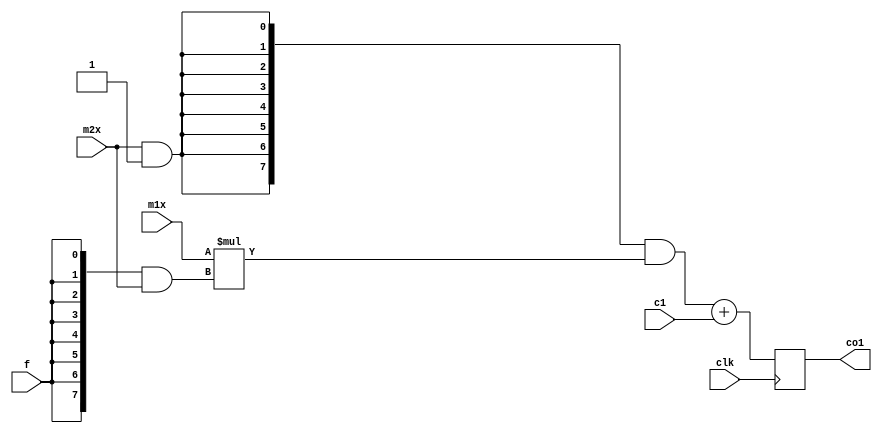
`timescale 1ns / 1ps
//////////////////////////////////////////////////////////////////////////////////
// Company: 
// Engineer: 
// 
// Design Name: 
// Module Name: computation_unit
// Project Name: 
// Target Devices: 
// Tool Versions: 
// Description: 
// 
// Dependencies: 
// 
// Revision:
// Revision 0.01 - File Created
// Additional Comments:
// 
//////////////////////////////////////////////////////////////////////////////////



module computation_unit(clk,m1x,m2x,c1,co1,f);
input clk;
input [7:0] m1x, m2x;
//input [7:0] m1a,m1b,m1c,m1d,m2;
input [8:0] c1;
//input [8:0] c1,c2,c3,c4;
input f;
output reg [8:0] co1;
//output reg [8:0] co1,co2,co3,co4;
//reg [7:0] m1 [3:0];
//reg [7:0] c [3:0];
//reg [7:0] co;
reg [7:0] pm1am2;
//reg [7:0] pm1am2,pm1bm2,pm1cm2,pm1dm2;
// reg [7:0] pm1m2;
reg [7:0] sout, fnew, en;
// reg [2:0] i=0;

/*always @(posedge clk)
begin
    fnew = {f,f,f,f,f,f,f,f};
    en = (fnew & m2);
end*/


always @(posedge clk)
begin

    fnew = {f,f,f,f,f,f,f,f};
    en = (fnew & m2x);
    /* USING SEQUENTIAL PROP
    m1[0]=m1a;
    m1[1]=m1b;
    m1[2]=m1c;
    m1[3]=m1d;
    c[0]=c1;
    c[1]=c2;
    c[2]=c3;
    c[3]=c4;
    */
    sout = m2x && 1'b1;
    //sout2 = m1x && 1'b1;
    sout = {sout[0],sout[0], sout[0], sout[0], sout[0], sout[0], sout[0], sout[0]};
    //sout = {sout[0],sout[0], sout[0], sout[0], sout[0], sout[0], sout[0], sout[0]};
    pm1am2 = m1x * en;
    
    /*
    pm1bm2 = m1b * en;
    pm1cm2 = m1c * en;
    pm1dm2 = m1d * en;
    */
    
    co1 = (sout & pm1am2) + c1;
    
    /*
    co2 = (sout & pm1bm2) + c2;
    co3 = (sout & pm1cm2) + c3;
    co4 = (sout & pm1dm2) + c4;
    */
    
    /*
    co1 <= (sout & pm1am2) + c1;
    co2 <= (sout & pm1bm2) + c2;
    co3 <= (sout & pm1cm2) + c3;
    co4 <= (sout & pm1dm2) + c4;
    */
    /*
    pm1am2 <= m1a * en;
    pm1bm2 <= m1b * en;
    pm1cm2 <= m1c * en;
    pm1dm2 <= m1d * en;
    */
/* USING SEQUENTIAL PROPAGATION
    pm1m2 <= m1[i] * en;
    co <= (sout & pm1m2) + c[i];
if(i<=3)
begin
if(i==0)
//pm1m2 <= m1[i] * en;
//co <= (sout & pm1m2) + c[i];
co1=co;
else if(i==1)
//pm1m2 <= m1[i] * en;
//co <= (sout & pm1m2) + c[i];
co2=co;
else if(i==2)
//pm1m2 <= m1[i] * en;
//co <= (sout & pm1m2) + c[i];
co3=co;
else if(i==3)
//pm1m2 <= m1[i] * en;
//co <= (sout & pm1m2) + c[i];
co4=co;
end
i=i+1;
*/

/* USING MUXes
//if(m2==0)
//begin
//co1=c1;
//co2=c2;
//co3=c3;
//co4=c4;
//end
//else
//begin
//pm1am2=m1a*m2;
//pm1bm2=m1b*m2;
//pm1cm2=m1c*m2;
//pm1dm2=m1d*m2;
//co1=pm1am2+c1;
//co2=pm1bm2+c2;
//co3=pm1cm2+c3;
//co4=pm1dm2+c4;
//end
*/


end



/*
always @(posedge clk)
begin
    
    co1 = (m1x * m2x) + c1;

end
*/

endmodule